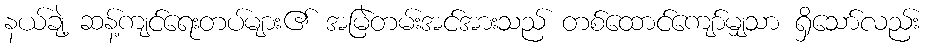
နယ်ချဲ့ ဆန့်ကျင်ရေးတပ်များ၏ အမြဲတမ်းအင်အားသည် တစ်ထောင်ကျော်မျှသာ ရှိသော်လည်း